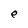
Character: e